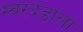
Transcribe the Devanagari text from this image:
स्वरदंडाला